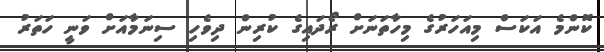
ކޮންމެ އަކަސް މިއަހަރުގެ މިހާތަނަށް ރޯދައިގެ ކުރިން ދިވެހި ސިނަމާއަށް ވަނީ ހަތަރު